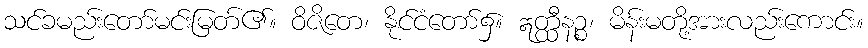
သင်ခမည်းတော်မင်းမြတ်၏။ ဝိဇိတေ၊ နိုင်ငံတော်၌။ ဣတ္ထီနဉ္စ၊ မိန်းမတို့အားလည်းကောင်း။